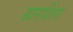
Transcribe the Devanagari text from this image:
खरशिंग